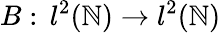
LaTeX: B:\, l^{2}(\mathbb{N})\to l^{2}(\mathbb{N})